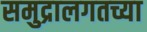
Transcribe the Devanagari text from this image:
समुद्रालगतच्या